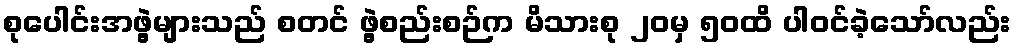
စုပေါင်းအဖွဲ့များသည် စတင် ဖွဲ့စည်းစဉ်က မိသားစု ၂၀မှ ၅၀ထိ ပါဝင်ခဲ့သော်လည်း